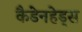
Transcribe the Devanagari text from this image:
कैडेनहेड्स